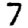
Digit: 7